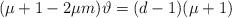
LaTeX: \begin{align*}(\mu +1-2\mu m)\vartheta =(d-1)(\mu +1)\end{align*}